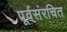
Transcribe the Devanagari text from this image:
पूर्वसंरचित